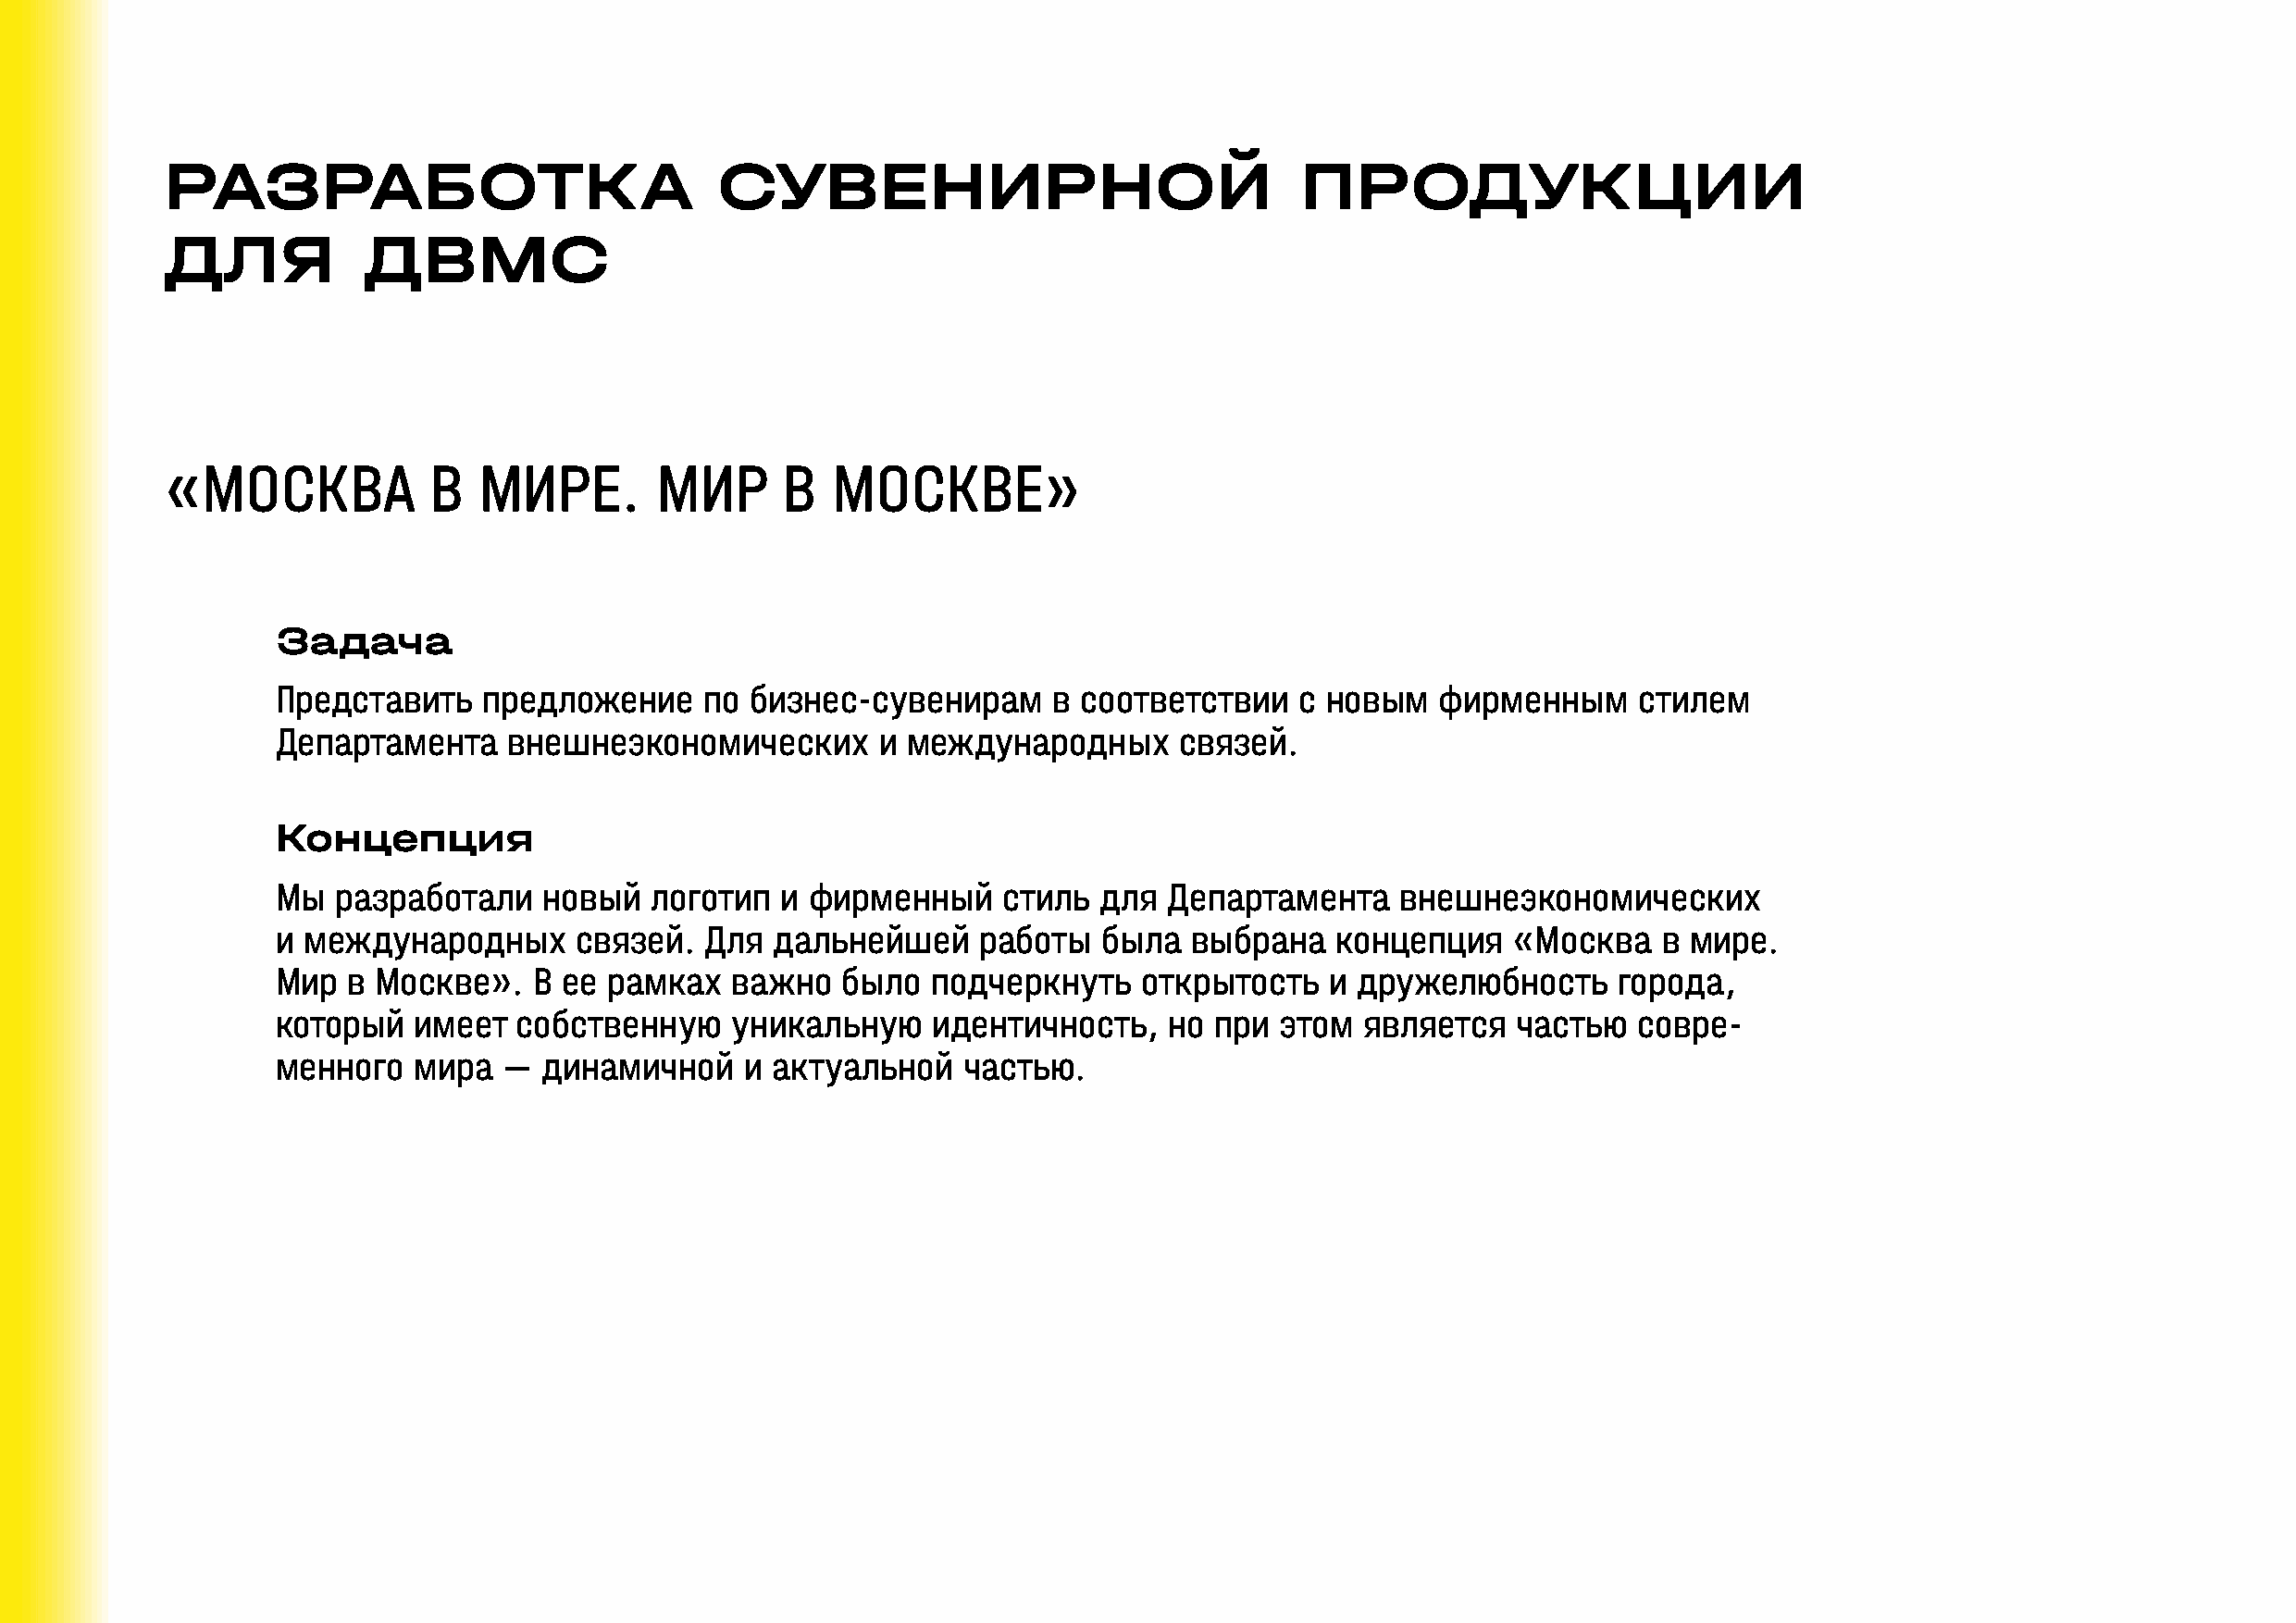
РАЗРАБОТКА                             СУВЕНИРНОЙ                                ПРОДУКЦИИ
 ДЛЯ           ДВМС
 «МОСКВА            В  МИРЕ.        МИР      В   МОСКВЕ»
 Задача
 Представить   предложение     по  бизнес-сувенирам     в соответствии    с новым   фирменным     стилем
 Департамента    внешнеэкономических        и международных      связей.
 Концепция
 Мы  разработали    новый   логотип  и фирменный     стиль  для  Департамента    внешнеэкономических
 и международных      связей.  Для  дальнейшей     работы   была  выбрана    концепция   «Москва    в мире.
 Мир  в Москве».   В ее рамках   важно   было   подчеркнуть    открытость   и дружелюбность      города,
 который   имеет  собственную    уникальную     идентичность,    но при  этом  является  частью   совре-
 менного   мира  —  динамичной    и актуальной    частью.